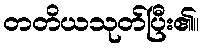
တတိယသုတ်ပြီး၏။